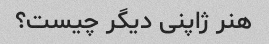
هنر ژاپنی دیگر چیست؟